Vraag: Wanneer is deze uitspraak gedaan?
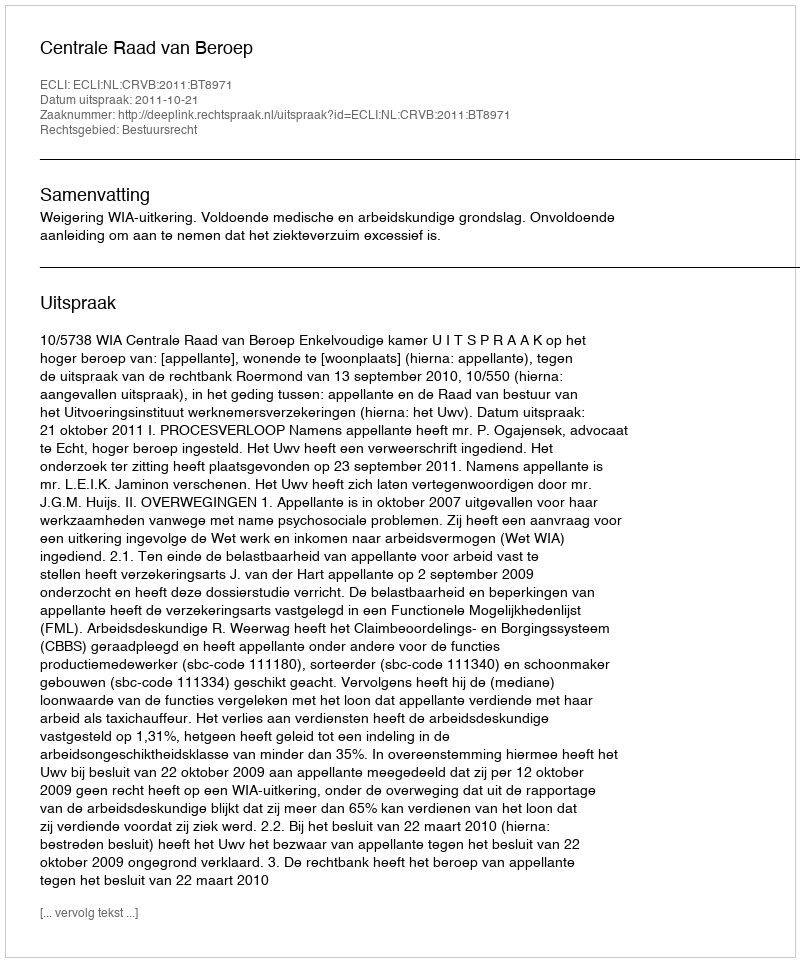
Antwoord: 2011-10-21